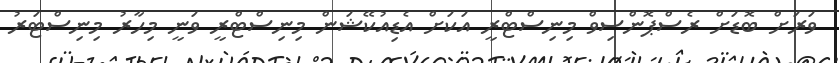
ވަރަށް ބޮޑަށް ރެސްޕޮންސިވް މިނިސްޓްރީ އަކަށް އެޑިއުކޭޝަން މިނިސްޓްރީ ވަނީ މިހާރު މިނިސްޓަރު